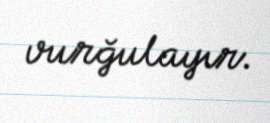
vurğulayır.